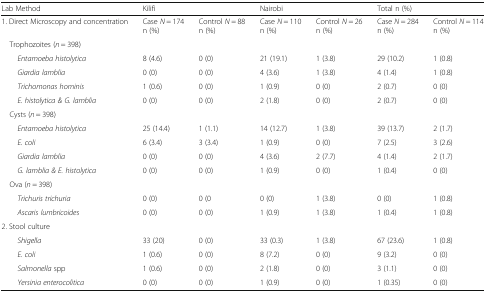
| Lab Method | <COLSPAN=2> Kilifi | <COLSPAN=2> Nairobi | <COLSPAN=2> Total n (%) |
 | --- | --- | --- | --- | --- | --- | --- |
 | 1. Direct Microscopy and concentration | Case N = 174 n (%) | Control N = 88 n (%) | Case N = 110 n (%) | Control N = 26 n (%) | Case N = 284 n (%) | Control N = 114 n (%) |
 | <COLSPAN=7> Trophozoites (n = 398) |
 | Entamoeba histolytica | 8 (4.6) | 0 (0) | 21 (19.1) | 1 (3.8) | 29 (10.2) | 1 (0.8) |
 | Giardia lamblia | 0 (0) | 0 (0) | 4 (3.6) | 1 (3.8) | 4 (1.4) | 1 (0.8) |
 | Trichomonas hominis | 1 (0.6) | 0 (0) | 1 (0.9) | 0 (0) | 2 (0.7) | 0 (0) |
 | E. histolytica & G. lamblia | 0 (0) | 0 (0) | 2 (1.8) | 0 (0) | 2 (0.7) | 0 (0) |
 | <COLSPAN=7> Cysts (n = 398) |
 | Entamoeba histolytica | 25 (14.4) | 1 (1.1) | 14 (12.7) | 1 (3.8) | 39 (13.7) | 2 (1.7) |
 | E. coli | 6 (3.4) | 3 (3.4) | 1 (0.9) | 0 (0) | 7 (2.5) | 3 (2.6) |
 | Giardia lamblia | 0 (0) | 0 (0) | 4 (3.6) | 2 (7.7) | 4 (1.4) | 2 (1.7) |
 | G. lamblia & E. histolytica | 0 (0) | 0 (0) | 1 (0.9) | 0 (0) | 1 (0.4) | 0 (0) |
 | <COLSPAN=7> Ova (n = 398) |
 | Trichuris trichuria | 0 (0) | 0 (0 | 0 (0) | 1 (3.8) | 0 (0) | 1 (0.8) |
 | Ascaris lumbricoides | 0 (0) | 0 (0) | 1 (0.9) | 1 (3.8) | 1 (0.4) | 1 (0.8) |
 | <COLSPAN=7> 2. Stool culture |
 | Shigella | 33 (20) | 0 (0) | 33 (0.3) | 1 (3.8) | 67 (23.6) | 1 (0.8) |
 | E. coli | 1 (0.6) | 0 (0) | 8 (7.2) | 0 (0) | 9 (3.2) | 0 (0) |
 | Salmonella spp | 1 (0.6) | 0 (0) | 2 (1.8) | 0 (0) | 3 (1.1) | 0 (0) |
 | Yersinia enterocolitica | 0 (0) | 0 (0) | 1 (0.9) | 0 (0) | 1 (0.35) | 0 (0) |